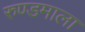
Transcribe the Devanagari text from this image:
रुण्डमाला